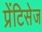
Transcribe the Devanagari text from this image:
प्रेंटिसेज